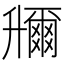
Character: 𠧌